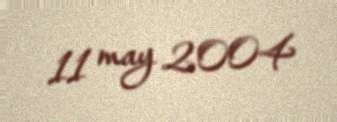
11 may 2004